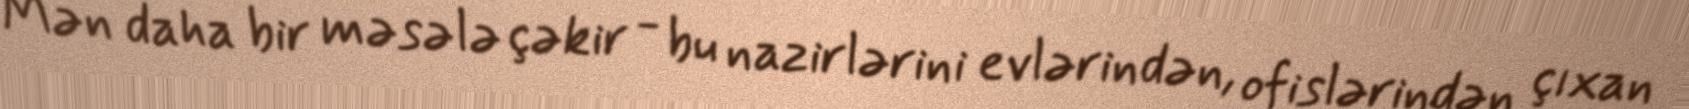
Mən daha bir məsələ çəkir - bu nazirlərini evlərindən, ofislərindən çıxan